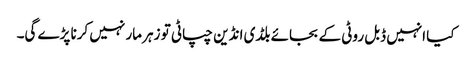
کیا انہیں ڈبل روٹی کے بجائے بلڈی انڈین چپاٹی تو زہر مار نہیں کرنا پڑے گی۔